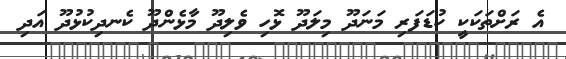
އެ ރަށްތަކަކީ ކުޑަފަރި މަނަދޫ މިލަދޫ ޅޮހި ވެލިދޫ މާޅެންދޫ ކެނދިކުޅުދޫ އަދި